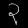
Digit: ၃